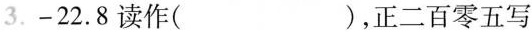
3.-22.8读作( )，正二百零五写